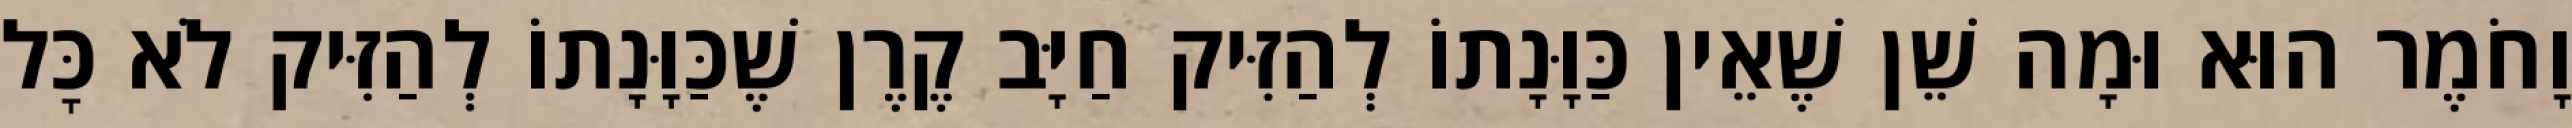
וָחֹמֶר הוּא וּמָה שֵׁן שֶׁאֵין כַּוָּנָתוֹ לְהַזִּיק חַיָּב קֶרֶן שֶׁכַּוָּנָתוֹ לְהַזִּיק לֹא כׇּל